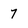
Character: 7